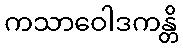
ကသာဝေါဒကန္တိ